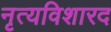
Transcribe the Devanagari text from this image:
नृत्यविशारद